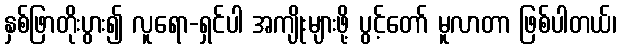
နှစ်ဖြာတိုးပွား၍ လူရော-ရှင်ပါ အကျိုးများဖို့ ပွင့်တော် မူလာတာ ဖြစ်ပါတယ်၊